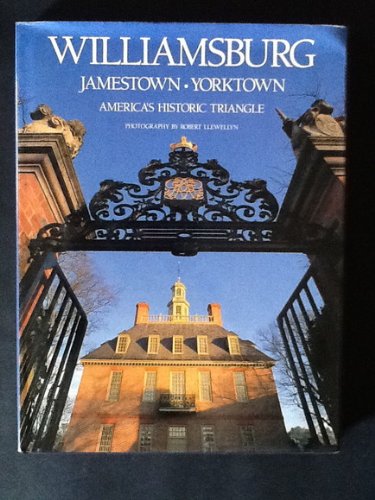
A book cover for Williamsburg, Jamestown & Yorktown; Rizzoli; Travel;